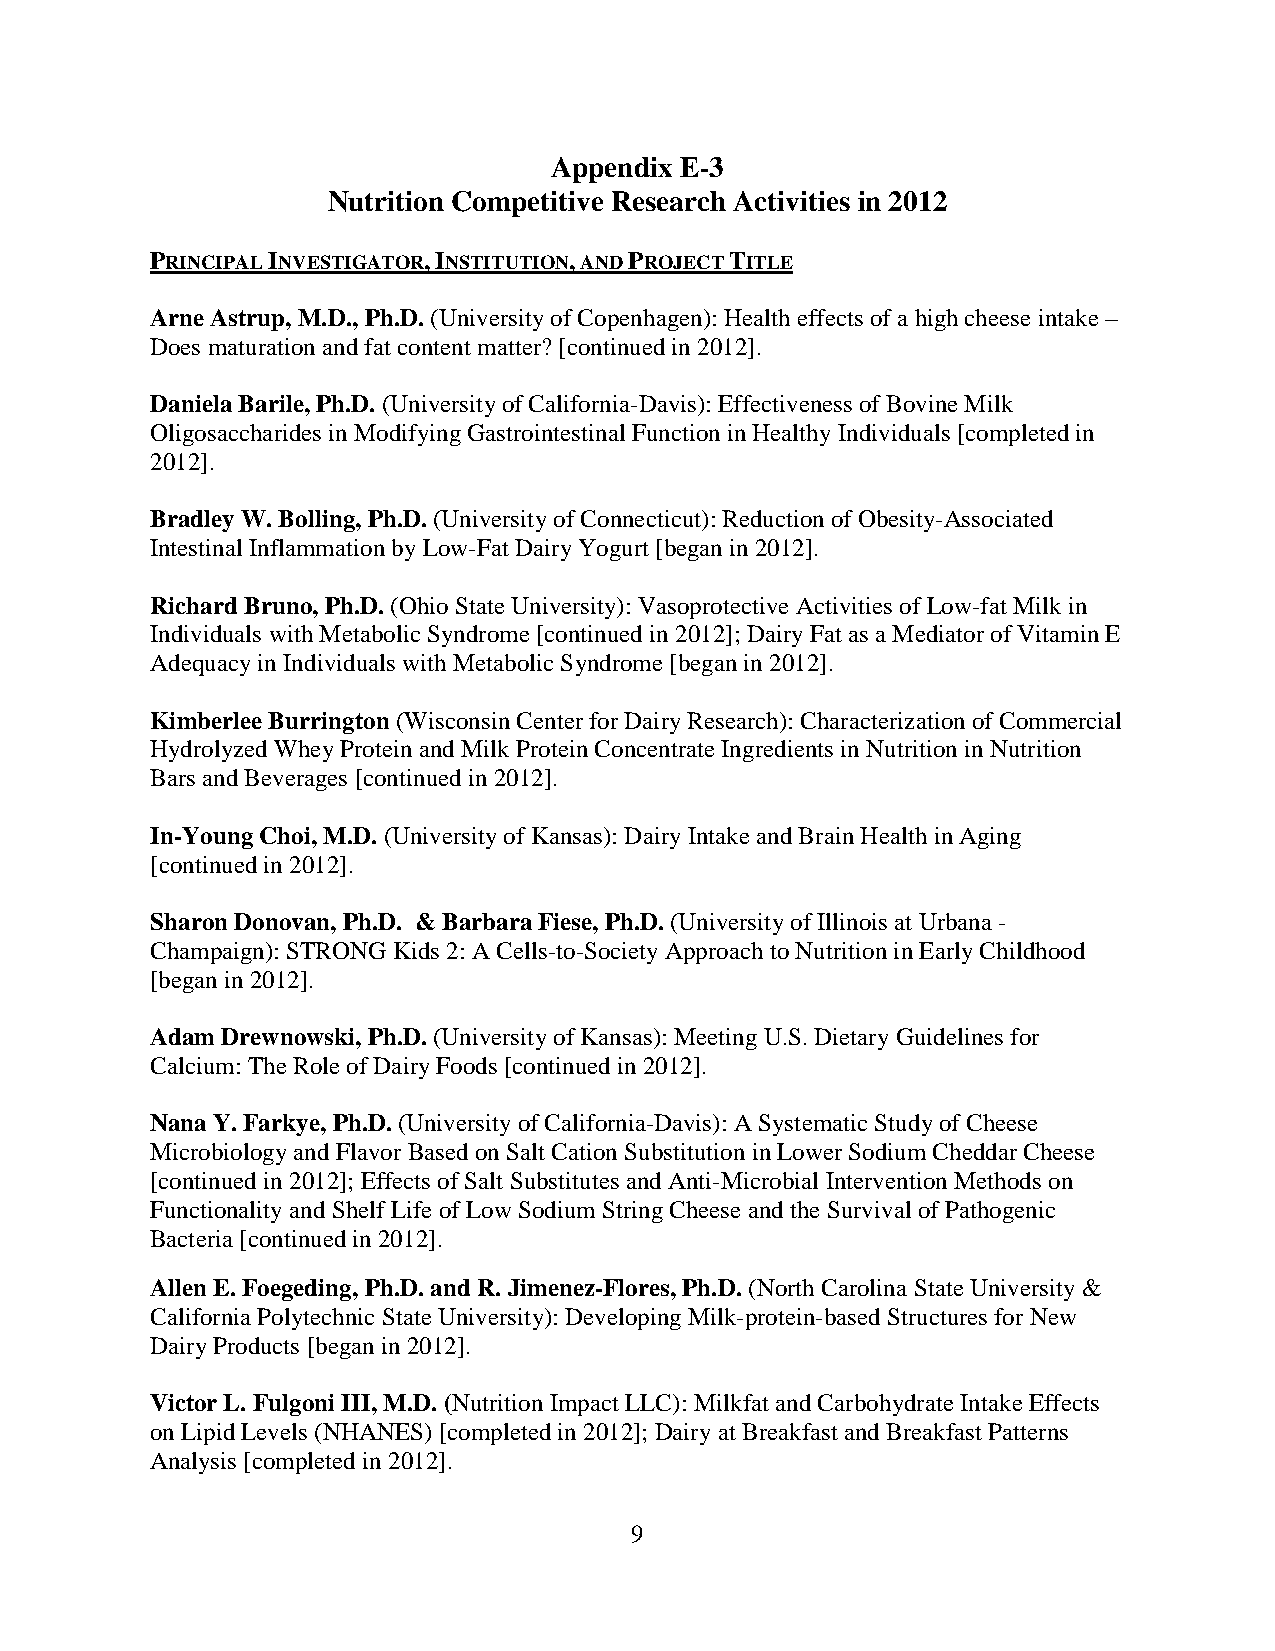
Appendix E-3
 Nutrition Competitive Research Activities in 2012
 PRINCIPAL INVESTIGATOR, INSTITUTION, AND PROJECT TITLE
 Arne Astrup, M.D., Ph.D. (University of Copenhagen): Health effects of a high cheese intake –
 Does maturation and fat content matter? [continued in 2012].
 Daniela Barile, Ph.D. (University of California-Davis): Effectiveness of Bovine Milk
 Oligosaccharides in Modifying Gastrointestinal Function in Healthy Individuals [completed in
 2012].
 Bradley W. Bolling, Ph.D. (University of Connecticut): Reduction of Obesity-Associated
 Intestinal Inflammation by Low-Fat Dairy Yogurt [began in 2012].
 Richard Bruno, Ph.D. (Ohio State University): Vasoprotective Activities of Low-fat Milk in
 Individuals with Metabolic Syndrome [continued in 2012]; Dairy Fat as a Mediator of Vitamin E
 Adequacy in Individuals with Metabolic Syndrome [began in 2012].
 Kimberlee Burrington (Wisconsin Center for Dairy Research): Characterization of Commercial
 Hydrolyzed Whey Protein and Milk Protein Concentrate Ingredients in Nutrition in Nutrition
 Bars and Beverages [continued in 2012].
 In-Young Choi, M.D. (University of Kansas): Dairy Intake and Brain Health in Aging
 [continued in 2012].
 Sharon Donovan, Ph.D. & Barbara Fiese, Ph.D. (University of Illinois at Urbana -
 Champaign): STRONG Kids 2: A Cells-to-Society Approach to Nutrition in Early Childhood
 [began in 2012].
 Adam Drewnowski, Ph.D. (University of Kansas): Meeting U.S. Dietary Guidelines for
 Calcium: The Role of Dairy Foods [continued in 2012].
 Nana Y. Farkye, Ph.D. (University of California-Davis): A Systematic Study of Cheese
 Microbiology and Flavor Based on Salt Cation Substitution in Lower Sodium Cheddar Cheese
 [continued in 2012]; Effects of Salt Substitutes and Anti-Microbial Intervention Methods on
 Functionality and Shelf Life of Low Sodium String Cheese and the Survival of Pathogenic
 Bacteria [continued in 2012].
 Allen E. Foegeding, Ph.D. and R. Jimenez-Flores, Ph.D. (North Carolina State University &
 California Polytechnic State University): Developing Milk-protein-based Structures for New
 Dairy Products [began in 2012].
 Victor L. Fulgoni III, M.D. (Nutrition Impact LLC): Milkfat and Carbohydrate Intake Effects
 on Lipid Levels (NHANES) [completed in 2012]; Dairy at Breakfast and Breakfast Patterns
 Analysis [completed in 2012].
 9